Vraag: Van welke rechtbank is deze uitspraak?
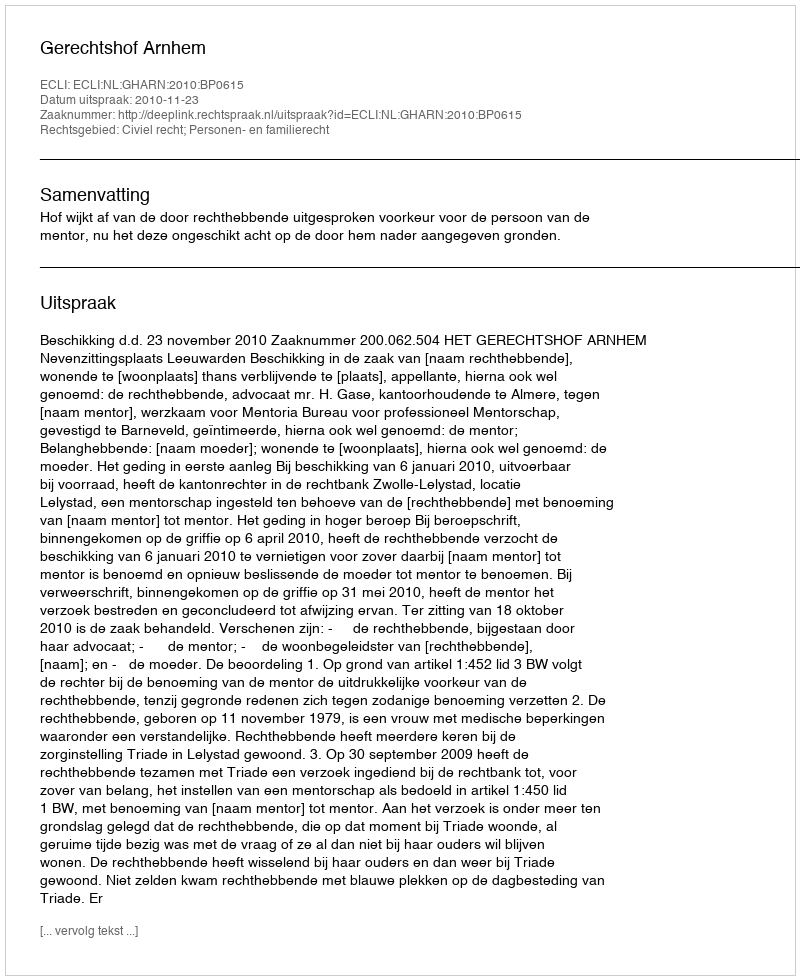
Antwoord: Gerechtshof Arnhem